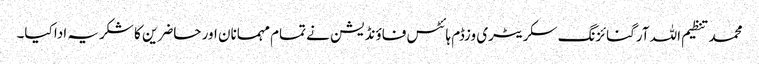
محمد تنظیم اللہ آرگنائزنگ سکریٹری وزڈم ہائٹس فاؤنڈیشن نے تمام مہمانان اور حاضرین کا شکریہ ادا کیا۔